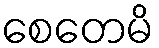
စေတေမိ